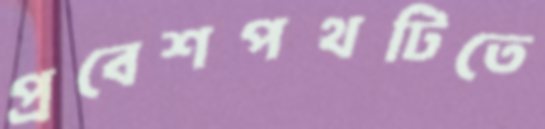
প্রবেশপথটিতে